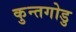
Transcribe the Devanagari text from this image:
कुन्तगोडु